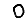
Digit: 0